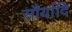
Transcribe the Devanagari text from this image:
सौर्यादि